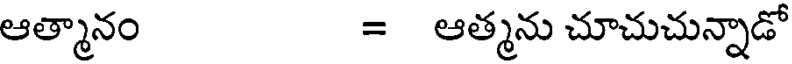
ఆత్మానం = ఆత్మను చూచుచున్నాడో